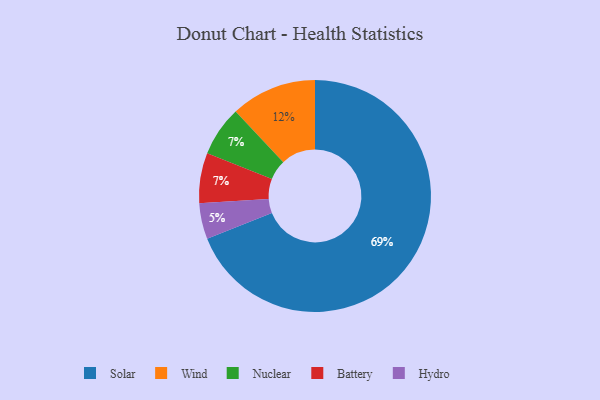
{"axis": {"x": "Category", "y": "Percentage"}, "legend": ["Battery", "Hydro", "Nuclear", "Solar", "Wind"], "data": [{"x": "Solar", "y": 69, "type": "Solar"}, {"x": "Wind", "y": 12, "type": "Wind"}, {"x": "Nuclear", "y": 7, "type": "Nuclear"}, {"x": "Hydro", "y": 5, "type": "Hydro"}, {"x": "Battery", "y": 7, "type": "Battery"}]}